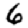
Digit: 6